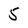
Character: 5